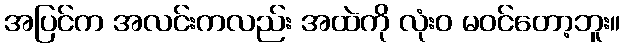
အပြင်က အလင်းကလည်း အထဲကို လုံးဝ မဝင်တော့ဘူး။